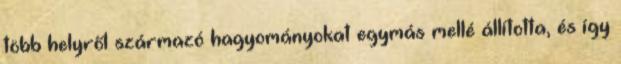
több helyről származó hagyományokat egymás mellé állította, és így